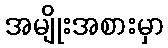
အမျိုးအစားမှာ